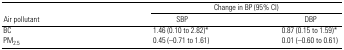
<table><thead><tr><td></td><td colspan="2"><b>Change in BP (95% CI)</b></td></tr><tr><td><b>Air pollutant</b></td><td><b>SBP</b></td><td><b>DBP</b></td></tr></thead><tbody><tr><td>BC</td><td>1.46 (0.10 to 2.82)*</td><td>0.87 (0.15 to 1.59)*</td></tr><tr><td>PM<sub>2.5</sub></td><td>0.45 (−0.71 to 1.61)</td><td>0.01 (−0.60 to 0.61)</td></tr></tbody></table>